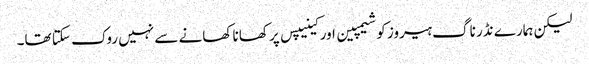
لیکن ہمارے نڈر ناگ ہیروز کو شیمپین اور کینیپس پر کھانا کھانے سے نہیں روک سکتا تھا۔